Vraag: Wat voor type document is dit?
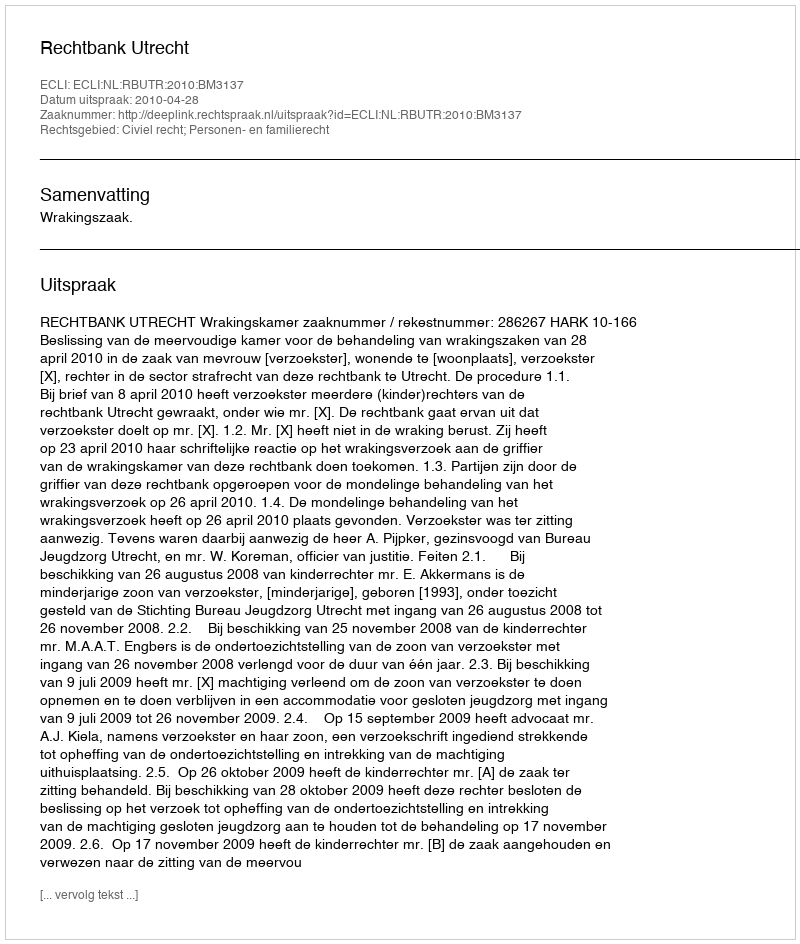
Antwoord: Uitspraak